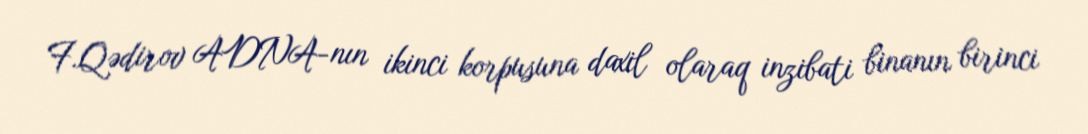
F.Qədirov ADNA-nın ikinci korpusuna daxil olaraq inzibati binanın birinci